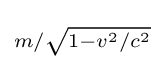
\scriptstyle m/{\sqrt {1-v^{2}/c^{2}}}